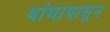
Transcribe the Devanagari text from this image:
बांधापासून